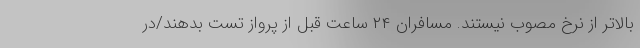
بالاتر از نرخ مصوب نیستند. مسافران ۲۴ ساعت قبل از پرواز تست بدهند/در